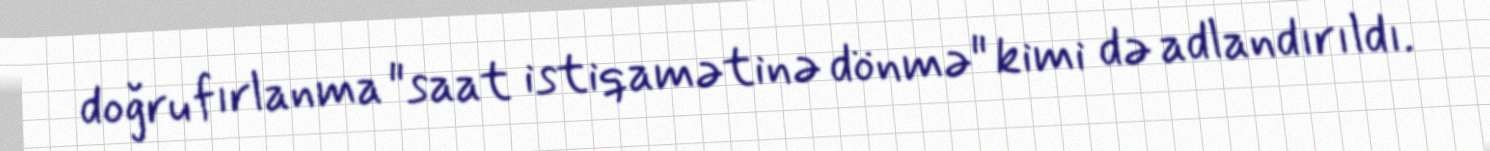
doğru fırlanma "saat istiqamətinə dönmə" kimi də adlandırıldı.